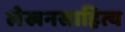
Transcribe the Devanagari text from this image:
लेखनसाहित्य